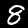
Digit: 8